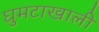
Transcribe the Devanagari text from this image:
घुमटाखाली